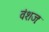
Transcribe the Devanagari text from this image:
वंशजः